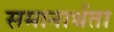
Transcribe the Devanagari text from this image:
समानार्थता